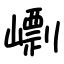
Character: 㠒